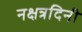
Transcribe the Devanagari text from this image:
नक्षत्रदिनी